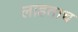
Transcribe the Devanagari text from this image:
लाहताच